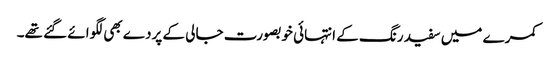
کمرے میں سفید رنگ کے انتہائی خوبصورت جالی کے پردے بھی لگوائے گئے تھے۔